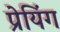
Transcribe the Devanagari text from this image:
प्रेयिंग